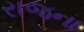
રાજના